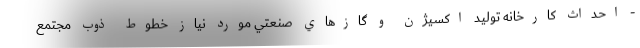
- احداث كارخانه توليد اكسيژن و گازهاي صنعتي مورد نياز خطوط ذوب مجتمع